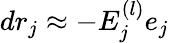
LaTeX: dr_{j}\approx-E_{j}^{(l)}e_{j}